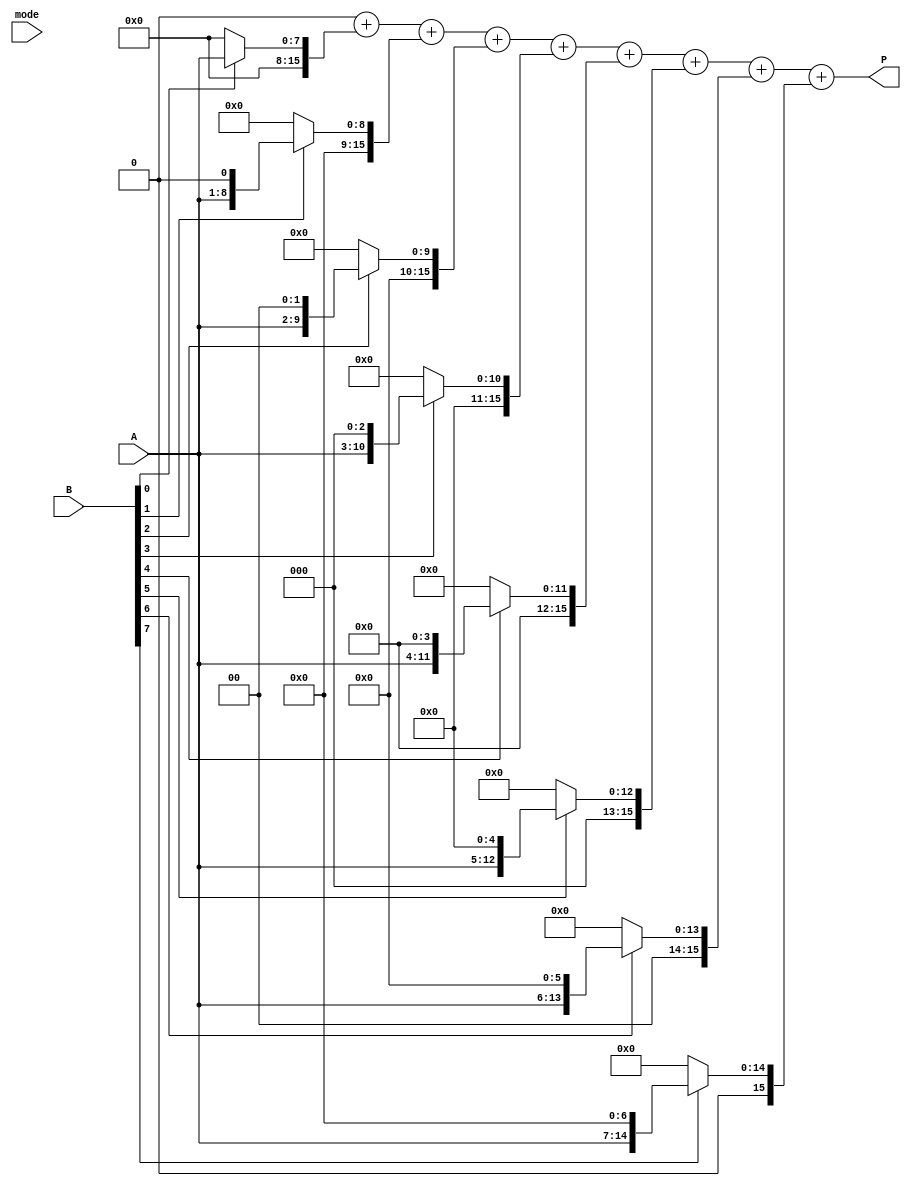
module DualModeWallaceTreeMultiplier #(parameter n = 8) (
    input [n-1:0] A,      // First multiplicand
    input [n-1:0] B,      // Second multiplicand
    input mode,           // Control signal (0: Standard, 1: Booth's)
    output reg [2*n-1:0] P // Product output
);

    // Internal signals
    wire [2*n-1:0] partial_products [0:n-1];
    wire [2*n-1:0] booth_partial_products [0:n-1];
    wire [2*n-1:0] sum_stage [0:n-1];
    wire [2*n-1:0] carry_stage [0:n-1];

    // Generate partial products for Standard Mode
    generate
        genvar i;
        for (i = 0; i < n; i = i + 1) begin : gen_partial_products
            assign partial_products[i] = (B[i]) ? (A << i) : 0;
        end
    endgenerate

    // Generate partial products for Booth's Mode
    // Booth's algorithm requires handling pairs of bits
    generate
        genvar j;
        for (j = 0; j < n/2; j = j + 1) begin : gen_booth_partial_products
            if (j == 0) begin
                assign booth_partial_products[2*j] = (B[2*j] == 1) ? (A << (2*j)) : 0;
                assign booth_partial_products[2*j + 1] = (B[2*j + 1] == 1) ? (A << (2*j + 1)) : 0;
            end else begin
                assign booth_partial_products[2*j] = (B[2*j] == 1) ? (A << (2*j)) : 0;
                assign booth_partial_products[2*j + 1] = (B[2*j + 1] == 1) ? (A << (2*j + 1)) : 0;
            end
        end
    endgenerate

    // Wallace Tree Reduction Logic
    // This is a simplified version of the Wallace Tree structure
    // You would need to implement the full adder and half adder logic here
    integer k;
    always @(*) begin
        if (mode == 0) begin
            // Standard Mode
            P = 0;
            for (k = 0; k < n; k = k + 1) begin
                P = P + partial_products[k];
            end
        end else begin
            // Booth's Mode
            P = 0;
            for (k = 0; k < n; k = k + 1) begin
                P = P + booth_partial_products[k];
            end
        end
    end

endmodule